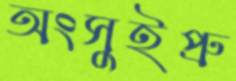
অংসুইপ্রু